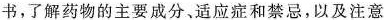
书，了解药物的主要成分，适应症和禁忌，以及注意